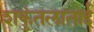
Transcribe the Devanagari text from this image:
शकुंतलाताई